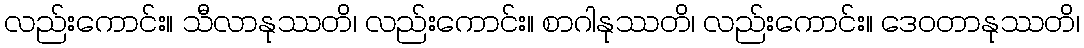
လည်းကောင်း။ သီလာနုဿတိ၊ လည်းကောင်း။ စာဂါနုဿတိ၊ လည်းကောင်း။ ဒေဝတာနုဿတိ၊